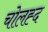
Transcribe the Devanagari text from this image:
चोलह्द